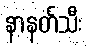
နာနတ်သီး